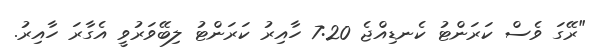
"ރޭގަ ވެސް ކަރަންޓު ކެނޑިއްޖެ 7:20 ހާއިރު ކަރަންޓު ލިބޭވަރުވީ އެގާރަ ހާއިރު.